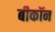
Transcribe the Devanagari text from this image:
बीकॉन